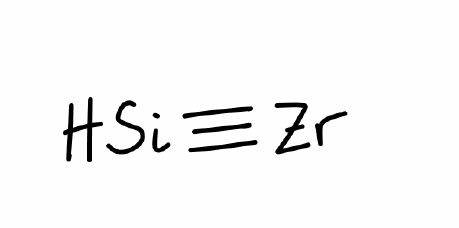
Simplified molecular-input line-entry system (SMILES) notation of the given molecule:
[SiH]#[Zr]